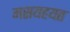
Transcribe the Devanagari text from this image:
मसयहयत